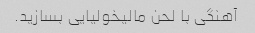
آهنگی با لحن مالیخولیایی بسازید.